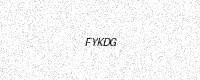
Text: FYKDG